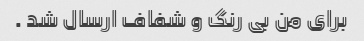
برای من بی رنگ و شفاف ارسال شد .